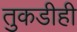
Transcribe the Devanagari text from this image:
तुकडीही